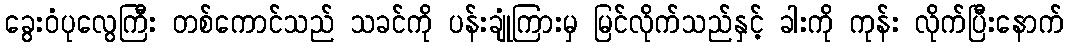
ခွေးဝံပုလွေကြီး တစ်ကောင်သည် သခင်ကို ပန်းချုံကြားမှ မြင်လိုက်သည်နှင့် ခါးကို ကုန်း လိုက်ပြီးနောက်